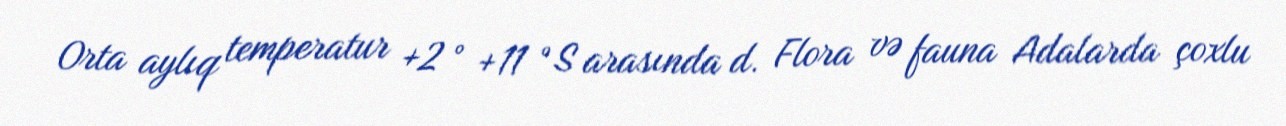
Orta aylıq temperatur +2 ° +11 °S arasında d. Flora və fauna Adalarda çoxlu